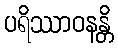
ပရိဿာဝနန္တိ